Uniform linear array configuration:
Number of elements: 4
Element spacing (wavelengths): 0.75
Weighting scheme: blackman
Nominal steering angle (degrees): -60
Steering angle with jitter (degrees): -60.932
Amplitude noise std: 0.05
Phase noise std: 0.05

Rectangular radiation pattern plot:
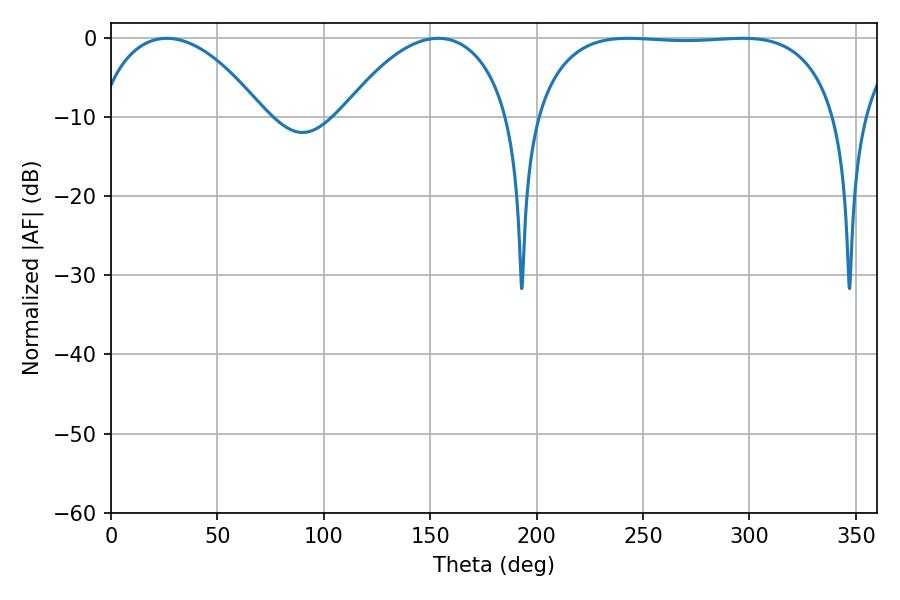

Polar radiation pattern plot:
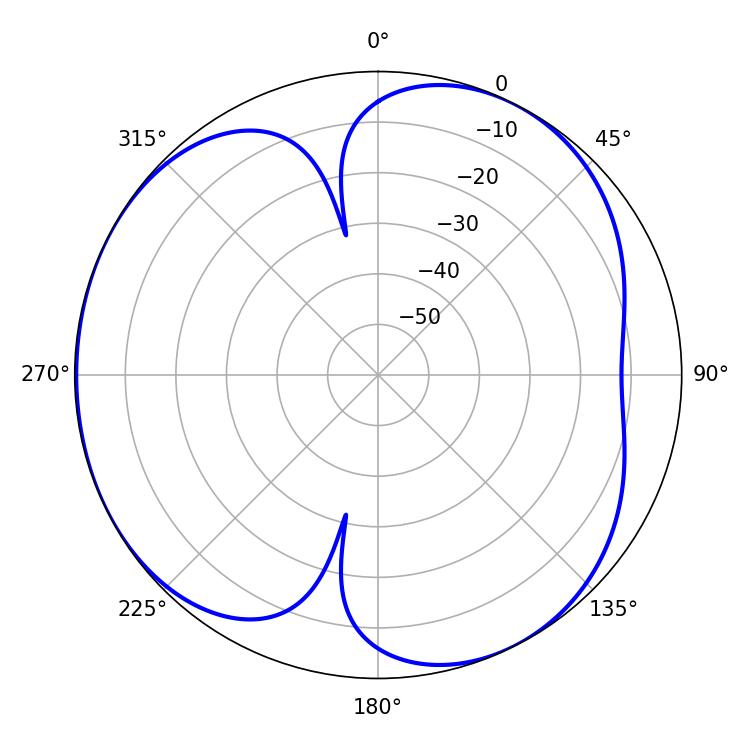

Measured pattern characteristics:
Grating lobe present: TRUE
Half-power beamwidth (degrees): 111.96
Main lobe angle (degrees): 243